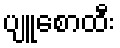
ပျူစောထီး